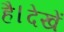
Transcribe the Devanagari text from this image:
है।देखें